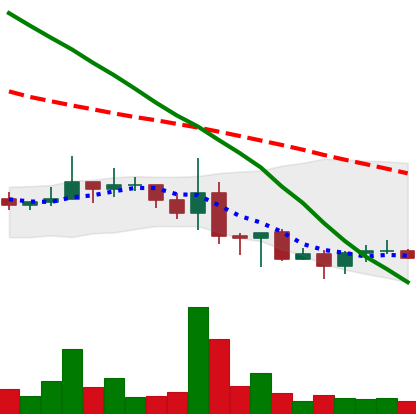
Ticker: NEO-USD
Chart end date: 2022-06-22
Forward return: 7.093%
Label: up_7plus